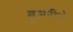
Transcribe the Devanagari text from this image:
ब्रुअरीचे